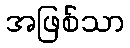
အဖြစ်သာ